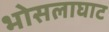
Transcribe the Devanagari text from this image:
भोसलाघाट